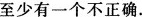
至少有一个不正确。